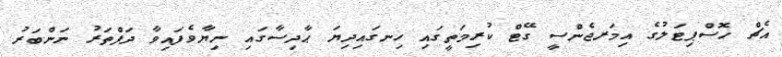
އެޗް ހޮސްޕިޓަލުގެ އިމަރޖެންސީ ގޭޓް ކުރިމަތީގައި ހިނގައިދިޔަ ޙާދިސާގައި ނިޔާވެފައިވާ ދަފްތަރު ނަންބަރު